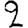
Digit: 2